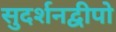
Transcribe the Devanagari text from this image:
सुदर्शनद्वीपो